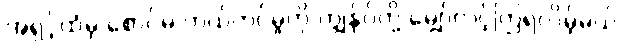
အရှင့်ထံမှ စောင်မ ကယ်တင်မှုကို ကျွန်ုပ်တို့ မျှော်လင့်ကြရလိမ့်မယ်